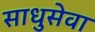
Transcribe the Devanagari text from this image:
साधुसेवा